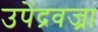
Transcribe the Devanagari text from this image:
उपेंद्रवज्रा